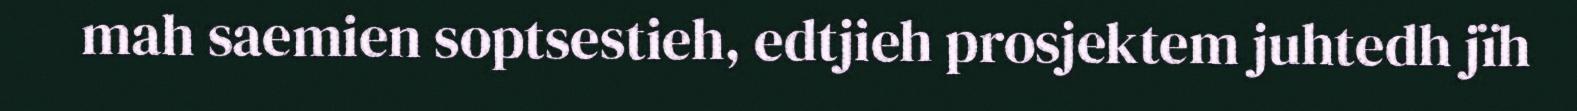
mah saemien soptsestieh, edtjieh prosjektem juhtedh jïh